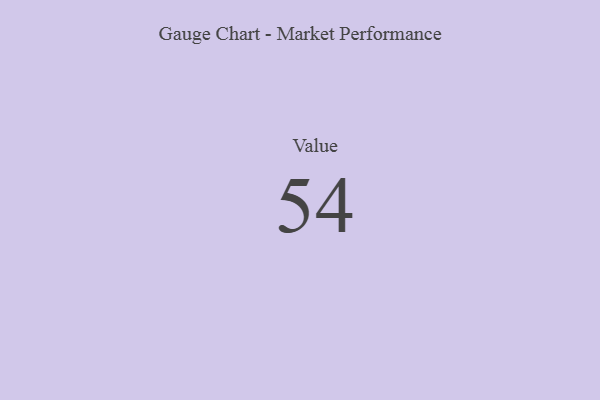
{"axis": {"x": "Metric", "y": "Value"}, "legend": [""], "data": [{"x": "Value", "y": 54, "type": ""}]}